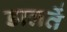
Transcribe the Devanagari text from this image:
डालतें